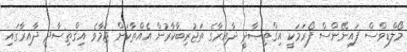
މޯލްޑިވްސް ފައިނޭންސް ފޯރަމަކީ އިޤްތިޞާދީ ދާއިރާގެ ތަޖުރިބާކާރުން އެއްތާކަށް ޖަމާވެ އިޤްތިޞާދީ ދާއިރާގައި